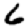
Digit: 6